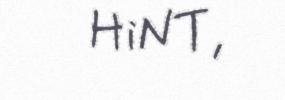
HiNT,